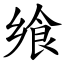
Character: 飨